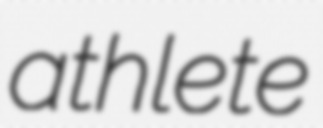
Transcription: athlete